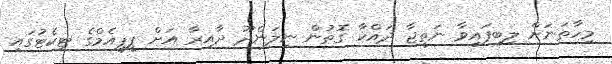
މިހާތަނަށް ލިބިފައިވާ ނަތީޖާ ދައްކާ ގޮތުން ނިލަންދޫ ދާއިރާ އަށް ޕީޕީއެމްގެ ޓިކެޓުގައި